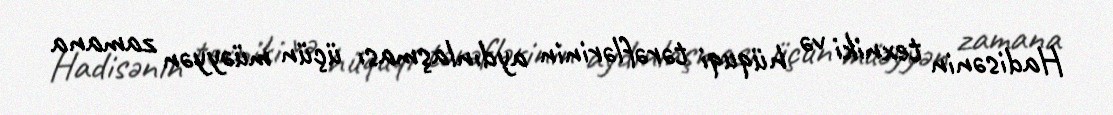
Hadisənin texniki və hüquqi tərəflərinin aydınlaşması üçün müəyyən zamana